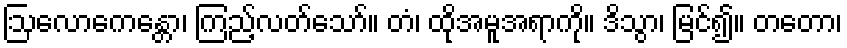
ဩလောကေန္တော၊ ကြည့်လတ်သော်။ တံ၊ ထိုအမူအရာကို။ ဒိသွာ၊ မြင်၍။ တတော၊